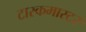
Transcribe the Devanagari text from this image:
टास्कमास्टर